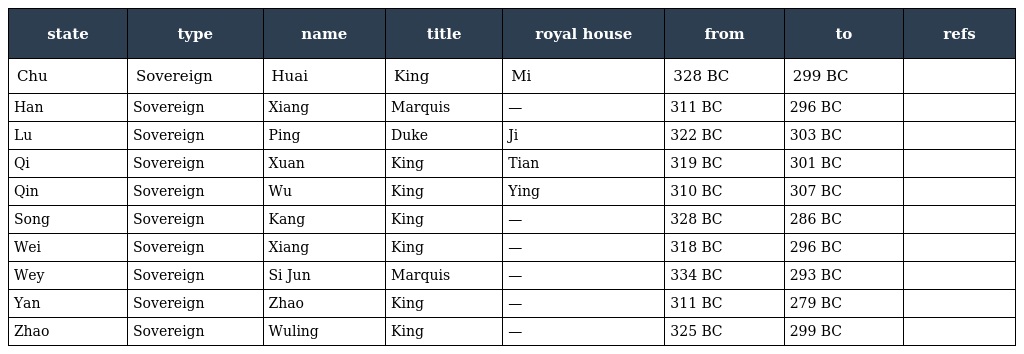
| state | type | name | title | royal house | from | to | refs |
 | --- | --- | --- | --- | --- | --- | --- | --- |
 | Chu | Sovereign | Huai | King | Mi | 328 BC | 299 BC |  |
 | Han | Sovereign | Xiang | Marquis | — | 311 BC | 296 BC |  |
 | Lu | Sovereign | Ping | Duke | Ji | 322 BC | 303 BC |  |
 | Qi | Sovereign | Xuan | King | Tian | 319 BC | 301 BC |  |
 | Qin | Sovereign | Wu | King | Ying | 310 BC | 307 BC |  |
 | Song | Sovereign | Kang | King | — | 328 BC | 286 BC |  |
 | Wei | Sovereign | Xiang | King | — | 318 BC | 296 BC |  |
 | Wey | Sovereign | Si Jun | Marquis | — | 334 BC | 293 BC |  |
 | Yan | Sovereign | Zhao | King | — | 311 BC | 279 BC |  |
 | Zhao | Sovereign | Wuling | King | — | 325 BC | 299 BC |  |